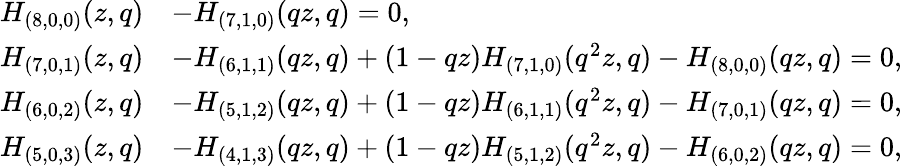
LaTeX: \begin{array}{rl}{H_{(8,0,0)}(z,q)}&{-H_{(7,1,0)}(qz,q)=0,}\\ {H_{(7,0,1)}(z,q)}&{-H_{(6,1,1)}(qz,q)+(1-qz)H_{(7,1,0)}(q^{2}z,q)-H_{(8,0,0)}(qz,q)=0,}\\ {H_{(6,0,2)}(z,q)}&{-H_{(5,1,2)}(qz,q)+(1-qz)H_{(6,1,1)}(q^{2}z,q)-H_{(7,0,1)}(qz,q)=0,}\\ {H_{(5,0,3)}(z,q)}&{-H_{(4,1,3)}(qz,q)+(1-qz)H_{(5,1,2)}(q^{2}z,q)-H_{(6,0,2)}(qz,q)=0,}\end{array}